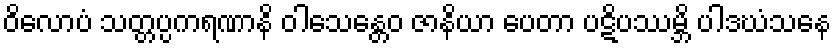
ဝိလောပံ သတ္တပ္ပကရဏာနိ ဝါသေန္တေဝ ဇာနိယာ ပေတာ ပဋိပဿမ္ဘိ ပါဒဃံသနေ